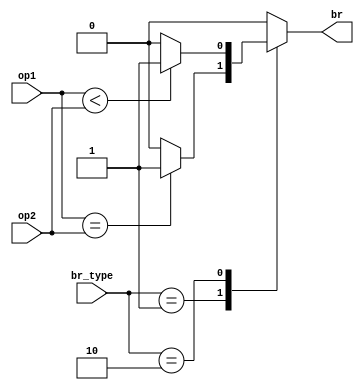
module Branch (
    input [31:0] op1,
    input [31:0] op2,
    input [1:0] br_type,
    output reg br
);
    always @(*) begin
        br=0;
        case (br_type)
            3'h1:begin
                br=(op1==op2)?1:0;  //beq
            end
            3'h2:begin
                br=($signed(op1)<$signed(op2))?1:0; //blt
            end
        endcase
    end
endmodule